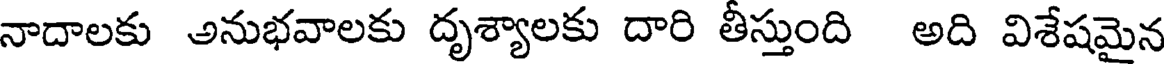
నాదాలకు అనుభవాలకు దృశ్యాలకు దారి తీస్తుంది అది విశేషమైన